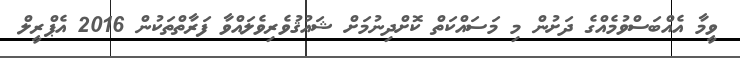
ވީމާ އެއްބަސްވުމެއްގެ ދަށުން މި މަސައްކަތް ކޮށްދިނުމަށް ޝައުޤުވެރިވެލައްވާ ފަރާތްތަކުން 2016 އެޕްރީލް